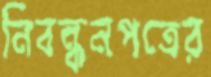
নিবন্ধনপত্রের